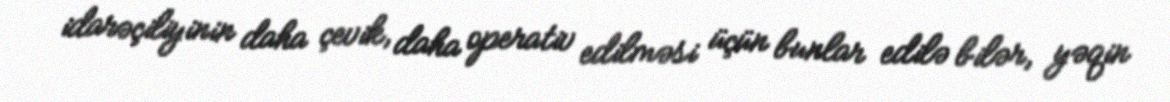
idarəçiliyinin daha çevik, daha operativ edilməsi üçün bunlar edilə bilər, yəqin